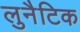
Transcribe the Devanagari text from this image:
लुनैटिक